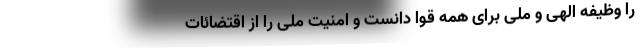
را وظیفه الهی و ملی برای همه قوا دانست و امنیت ملی را از اقتضائات